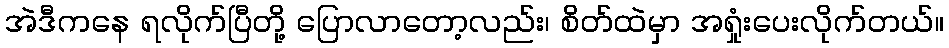
အဲဒီကနေ ရလိုက်ပြီတို့ ပြောလာတော့လည်း၊ စိတ်ထဲမှာ အရှုံးပေးလိုက်တယ်။